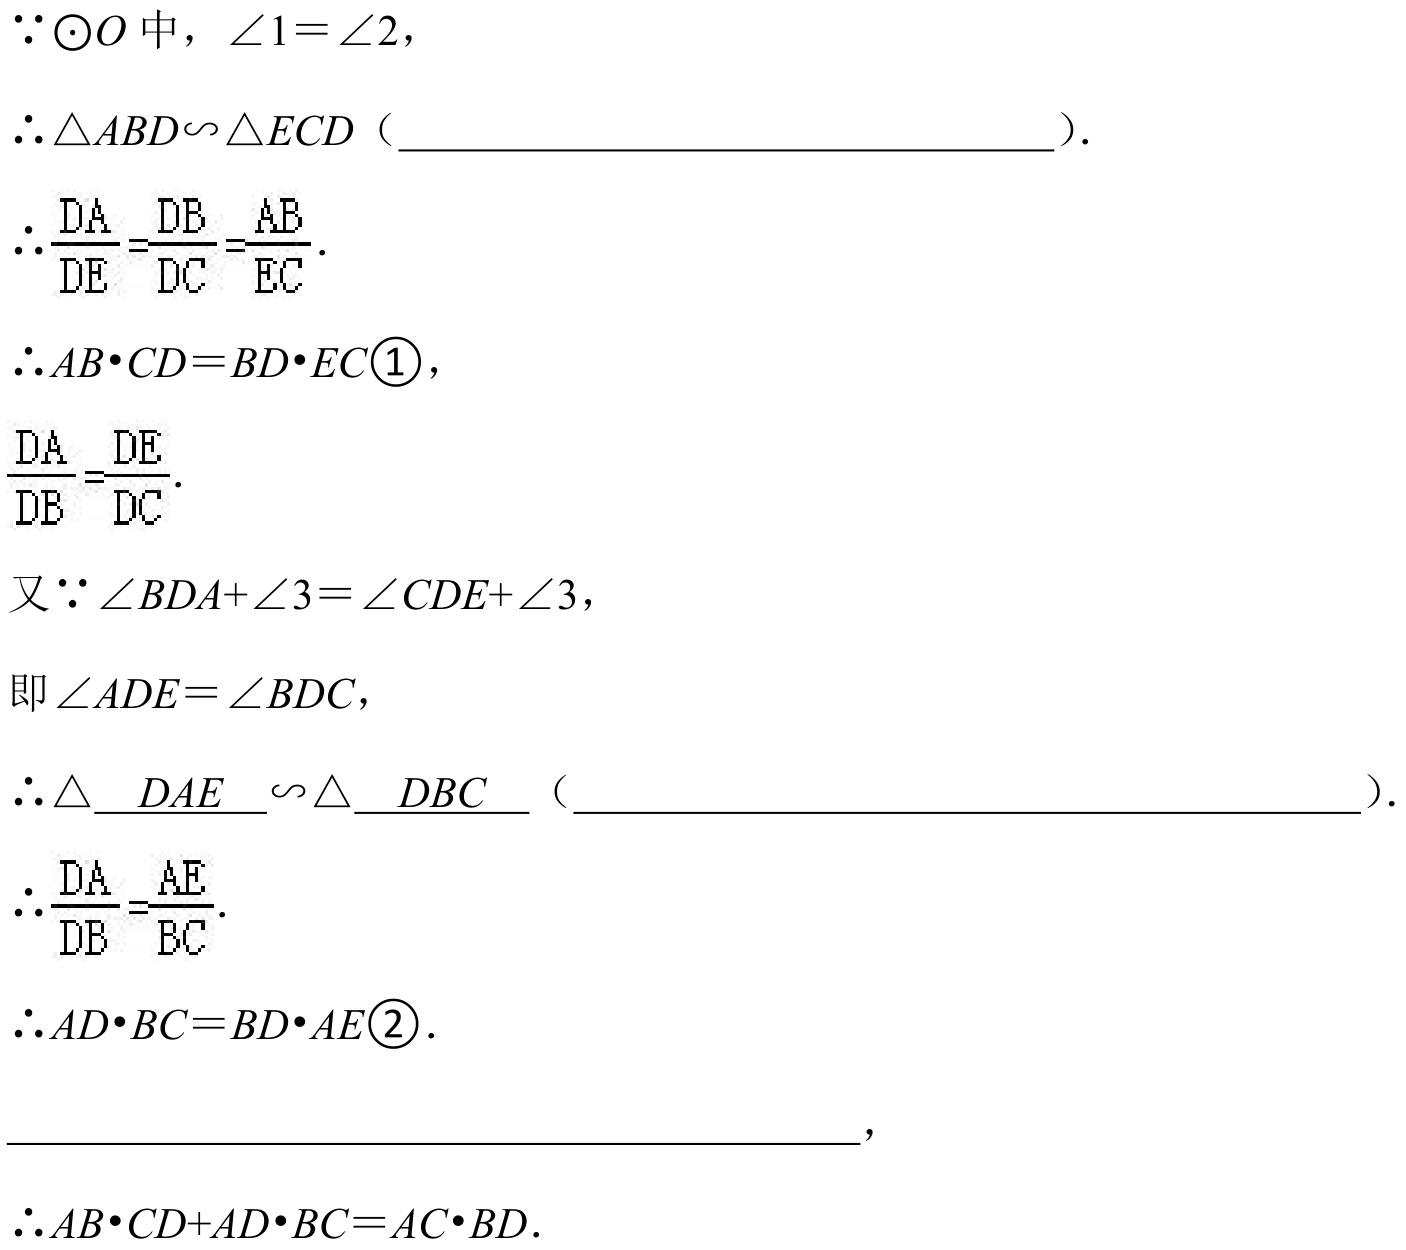
\(\because\odot O\)中，\(\angle1 = \angle2\)，
\(\therefore\triangle ABD\sim\triangle ECD\)（____________________）.
\(\therefore\frac{DA}{DE}=\frac{DB}{DC}=\frac{AB}{EC}\).
\(\therefore AB\cdot CD = BD\cdot EC\textcircled{1}\)，
\(\frac{DA}{DB}=\frac{DE}{DC}\).
又\(\because\angle BDA+\angle3=\angle CDE+\angle3\)，
即\(\angle ADE=\angle BDC\)，
\(\therefore\triangle \_DAE\_\sim\triangle \_DBC\_\)（____________________）.
\(\therefore\frac{DA}{DB}=\frac{AE}{BC}\).
\(\therefore AD\cdot BC = BD\cdot AE\textcircled{2}\).
____________________，
\(\therefore AB\cdot CD+AD\cdot BC = AC\cdot BD\).